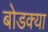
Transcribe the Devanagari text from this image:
बोडक्या